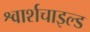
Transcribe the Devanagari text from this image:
श्वार्शचाइल्ड